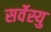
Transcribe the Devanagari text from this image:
सर्वेस्यु